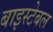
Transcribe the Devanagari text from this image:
बाइस्टेबल